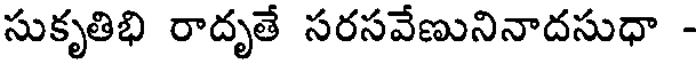
సుకృతిభి రాదృతే సరసవేణునినాదసుధా -